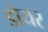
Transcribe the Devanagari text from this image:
डोयर